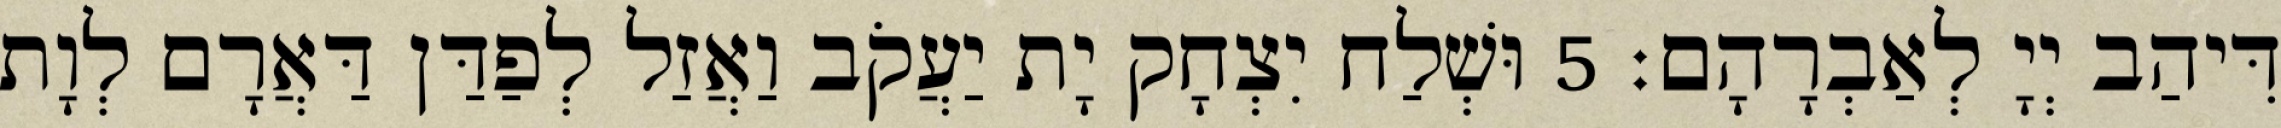
דִּיהַב יְיָ לְאַבְרָהָם׃ 5 וּשְׁלַח יִצְחָק יָת יַעֲקֹב וַאֲזַל לְפַדַּן דַּאֲרָם לְוָת